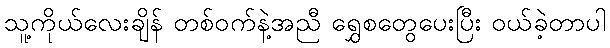
သူ့ကိုယ်လေးချိန် တစ်ဝက်နဲ့အညီ ရွှေစတွေပေးပြီး ဝယ်ခဲ့တာပါ